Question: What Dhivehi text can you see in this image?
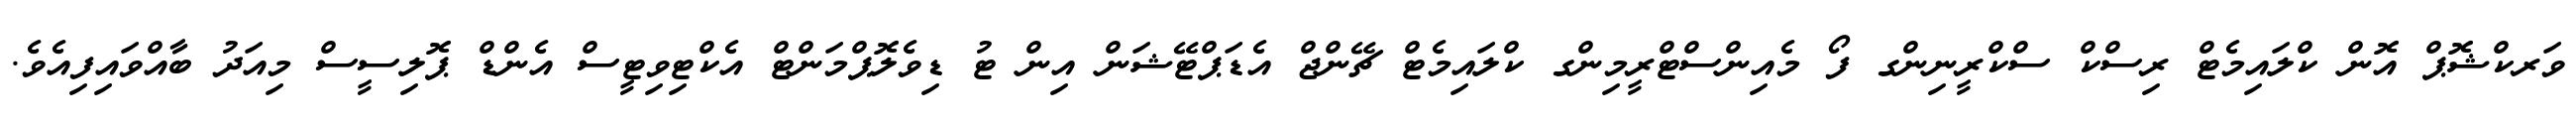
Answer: ވަރކްޝޮޕް އޮން ކްލައިމެޓް ރިސްކް ސްކްރީނިންގ ފޯ މެއިންސްޓްރީމިންގ ކްލައިމެޓް ޗޭންޖް އެޑަޕްޓޭޝަން އިން ޓު ޑިވެލޮޕްމަންޓް އެކްޓިވިޓީސް އެންޑް ޕޮލިސީސް މިއަދު ބާއްވައިފިއެވެ.